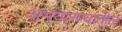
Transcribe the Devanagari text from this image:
अभयारण्यांतील